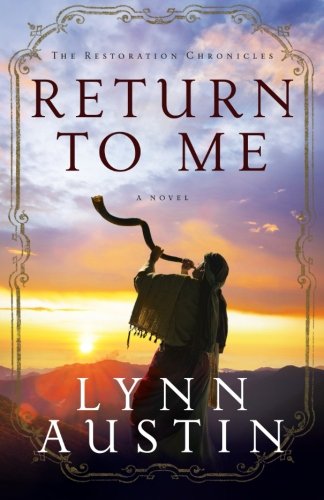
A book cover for Return to Me (The Restoration Chronicles) (Volume 1); Lynn Austin; Literature & Fiction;